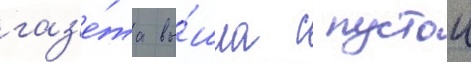
газ'е́та вы́шла с пустои